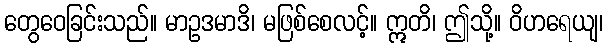
တွေဝေခြင်းသည်။ မာဥဒမာဒိ၊ မဖြစ်စေလင့်။ ဣတိ၊ ဤသို့။ ဝိဟရေယျ၊